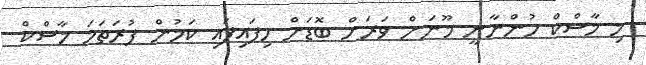
މި މާސްކް ހުންނާނީ މޫނަށް ވަރަށް ބޮޑަށް ހިފައިފައި ކަމުން ފުރަތަމަ މާސްކް